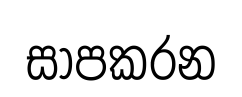
සාපකරන